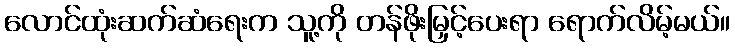
လောင်ထုံးဆက်ဆံရေးက သူ့ကို တန်ဖိုးမြှင့်ပေးရာ ရောက်လိမ့်မယ်။